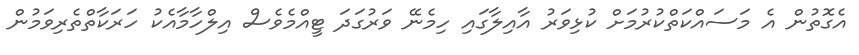
އެގޮތުން އެ މަސައްކަތްކުރުމަށް ކުޅިވަރު އާއިލާގައި ހިމެނޭ ވަރުގަދަ ޓީއްމެވެސް އިލްހާމާއެކު ހަރަކާތްތެރިވަމުން